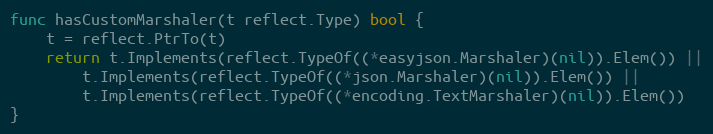
Language: Go
func hasCustomMarshaler(t reflect.Type) bool {
	t = reflect.PtrTo(t)
	return t.Implements(reflect.TypeOf((*easyjson.Marshaler)(nil)).Elem()) ||
		t.Implements(reflect.TypeOf((*json.Marshaler)(nil)).Elem()) ||
		t.Implements(reflect.TypeOf((*encoding.TextMarshaler)(nil)).Elem())
}